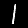
Label: 1